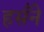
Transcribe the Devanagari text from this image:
हसँने